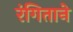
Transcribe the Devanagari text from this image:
रंगिताने